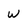
Character: W